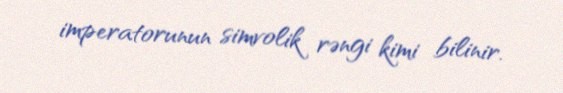
imperatorunun simvolik rəngi kimi bilinir.